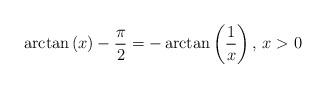
LaTeX: \begin{align*}\arctan\left(x\right)-\frac{\pi}{2}=-\arctan\left(\frac{1}{x}\right),\,x>0\end{align*}